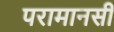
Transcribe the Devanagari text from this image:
परामानसी